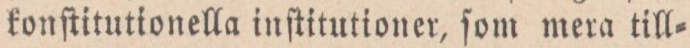
konſtitutionella inſtitutioner, ſom mera till=